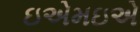
ઇએમઇએ